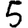
Digit: 5